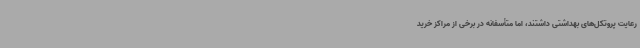
رعایت پروتکل‌های بهداشتی داشتند، اما متأسفانه در برخی از مراکز خرید